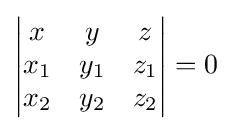
\left|{\begin{matrix}x&y&z\\x_{1}&y_{1}&z_{1}\\x_{2}&y_{2}&z_{2}\end{matrix}}\right|=0